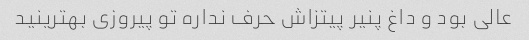
عالی بود و داغ پنیر پیتزاش حرف نداره تو پیروزی بهترینید